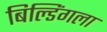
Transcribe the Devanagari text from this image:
बिल्डिंगला